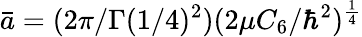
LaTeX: \bar{a}=(2\pi/\Gamma(1/4)^{2})({2\mu C_{6}}/{\hbar^{2}})^{\frac{1}{4}}